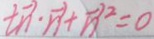
t \overrightarrow { n } \cdot \overrightarrow { n } + \overrightarrow { n } ^ { 2 } = 0